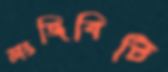
লংজিবিটি